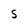
Character: S